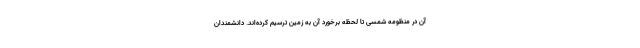
آن در منظومه شمسی تا لحظه برخورد آن به زمین ترسیم کرده‌اند. دانشمندان